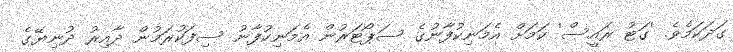
ގަދަކަމެވެ. 'ގަޓު ރައީސް' ކަމަށް އެމަނިކުފާނުގެ ސަޕޯޓަރުން އެމަނިކުފާނު ސިފަކުރަމުން ދާއިރު ދުނިޔޭގެ